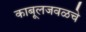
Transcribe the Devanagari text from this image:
काबूलजवळचे